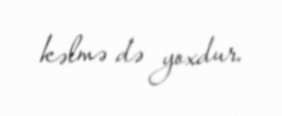
kəlmə də yoxdur.